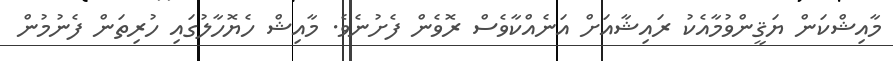
މާއިޝްކަން ޔަޤީންވުމާއެކު ރައިޝާއަށް އަނެއްކާވެސް ރޮވެން ފެށުނެވެ. މާއިޝް ހެޔޮހާލުގައި ހުރިތަން ފެނުމުން